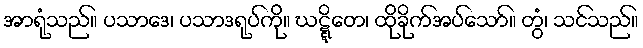
အာရုံသည်။ ပသာဒေ၊ ပသာဒရုပ်ကို။ ဃဋ္ဋိတေ၊ ထိုခိုက်အပ်သော်။ တွံ၊ သင်သည်။